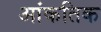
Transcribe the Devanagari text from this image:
आंकतिक